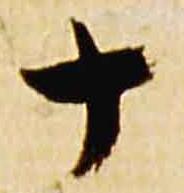
十